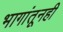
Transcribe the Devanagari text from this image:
भागांतूनही